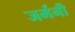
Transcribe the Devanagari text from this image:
जर्मनी